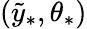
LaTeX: (\tilde{y}_{\ast},\theta_{\ast})